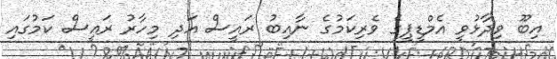
އިބޫ ވިދާޅުވީ އެމްޑީޕީގެ ވެރިކަމުގެ ނާއިބު ރައީސް އަދި މިހާރު ރައީސް ކަމުގައި